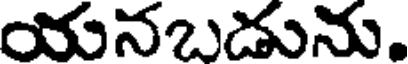
యనబడును.